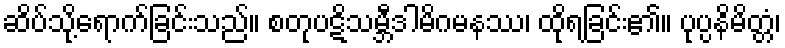
ဆိပ်သို့ရောက်ခြင်းသည်။ စတုပဋိသမ္ဘီဒါမိဂမနဿ၊ ထိုရခြင်း၏။ ပုပ္ပနိမိတ္တံ၊